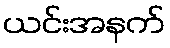
ယင်းအနက်